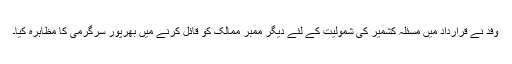
وفد نے قرارداد میں مسئلہ کشمیر کی شمولیت کے لئے دیگر ممبر ممالک کو قائل کرنے میں بھرپور سرگرمی کا مظاہرہ کیا۔